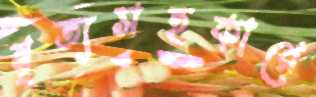
নৃত্যসহকারে